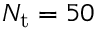
N _ { \mathrm { t } } = 5 0